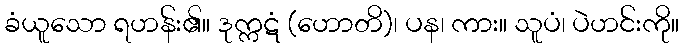
ခံယူသော ရဟန်း၏။ ဒုက္ကဋံ (ဟောတိ)၊ ပန၊ ကား။ သူပံ၊ ပဲဟင်းကို။